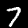
Label: 7